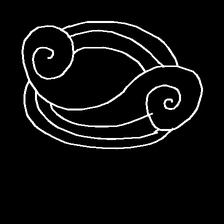
Glyph: wind-underfoot